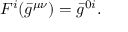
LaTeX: { } F ^ { i } ( { \bar { g } } ^ { \mu \nu } ) = { \bar { g } } ^ { 0 i } .